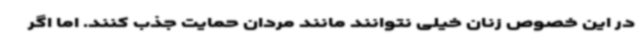
در این خصوص زنان خیلی نتوانند مانند مردان حمایت جذب کنند. اما اگر